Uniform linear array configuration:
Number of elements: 64
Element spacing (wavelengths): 0.75
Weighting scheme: blackman
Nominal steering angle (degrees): -60
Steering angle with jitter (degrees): -61.332
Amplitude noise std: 0.05
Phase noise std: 0.05

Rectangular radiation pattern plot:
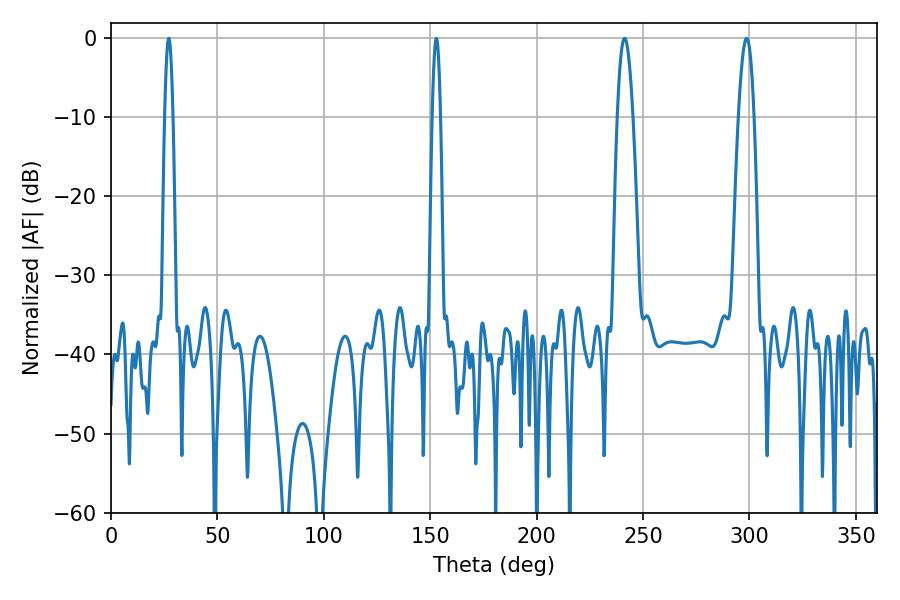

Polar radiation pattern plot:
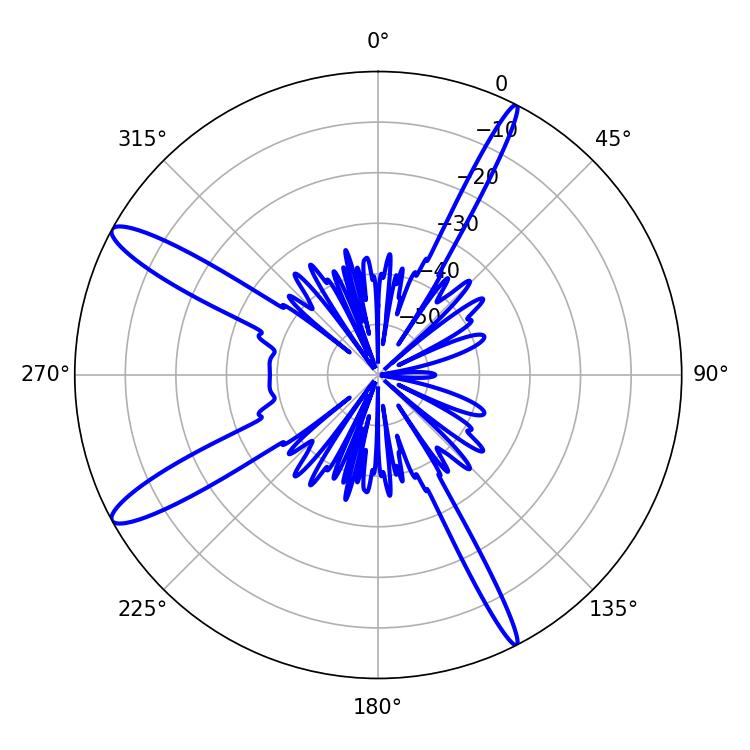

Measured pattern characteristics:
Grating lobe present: TRUE
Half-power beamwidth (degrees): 3.96
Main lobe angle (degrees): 241.38